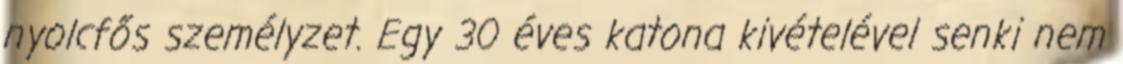
nyolcfős személyzet. Egy 30 éves katona kivételével senki nem